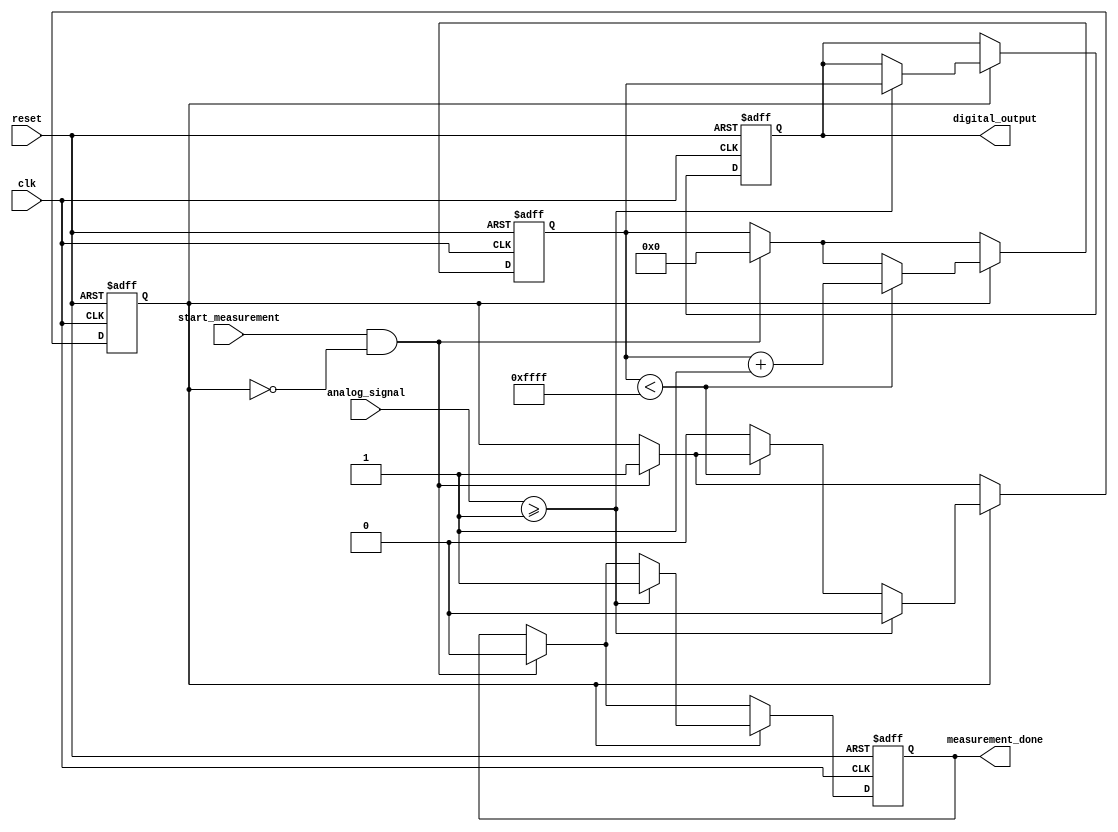
module TDC (
    input wire clk,                // System clock
    input wire reset,              // Asynchronous reset
    input wire analog_signal,       // Input analog signal (for simulation purposes, treated as digital)
    input wire start_measurement,   // Trigger to start measurement
    output reg [15:0] digital_output, // 16-bit digital output for measured time
    output reg measurement_done      // Signal indicating measurement is complete
);

// Parameters
parameter THRESHOLD = 1'b1;       // Reference voltage threshold for comparison
parameter MAX_COUNT = 16'hFFFF;   // Maximum count value for timer

// Internal signals
reg [15:0] timer;                  // Timer for measuring time intervals
reg measuring;                     // State indicating if measurement is in progress

// Memory block (FIFO) for storing measurements
reg [15:0] memory_block [0:15];    // 16 entries in memory
integer write_ptr;                 // Write pointer for FIFO
integer read_ptr;                  // Read pointer for FIFO

// Control logic for measurement
always @(posedge clk or posedge reset) begin
    if (reset) begin
        measuring <= 1'b0;
        timer <= 16'h0;
        write_ptr <= 0;
        read_ptr <= 0;
        digital_output <= 16'h0;
        measurement_done <= 1'b0;
    end else begin
        if (start_measurement && !measuring) begin
            measuring <= 1'b1;
            timer <= 16'h0; // Reset timer at the start of measurement
            measurement_done <= 1'b0;
        end
        
        if (measuring) begin
            // Increment timer on each clock cycle
            if (timer < MAX_COUNT) begin
                timer <= timer + 1;
            end else begin
                measuring <= 1'b0; // Stop measurement if timer overflows
            end

            // Check for analog signal crossing the threshold
            if (analog_signal >= THRESHOLD) begin
                // Store the measured time in memory
                memory_block[write_ptr] <= timer;
                write_ptr <= (write_ptr + 1) % 16; // FIFO wrap-around
                digital_output <= timer; // Output the measured time
                measurement_done <= 1'b1; // Indicate measurement is done
                measuring <= 1'b0; // Stop measurement after storing
            end
        end
    end
end

endmodule